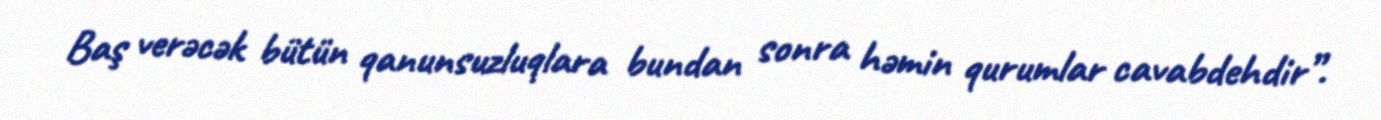
Baş verəcək bütün qanunsuzluqlara bundan sonra həmin qurumlar cavabdehdir”.